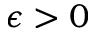
\epsilon > 0